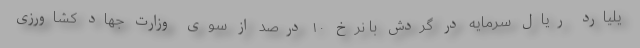
یلیارد ریال سرمایه در گردش با نرخ ۱۰ درصد از سوی وزارت جهاد کشاورزی